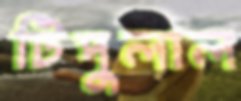
টিপুলাল